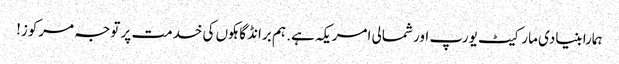
ہمارا بنیادی مارکیٹ یورپ اور شمالی امریکہ ہے. ہم برانڈ گاہکوں کی خدمت پر توجہ مرکوز!